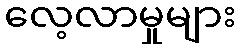
လေ့လာမှုများ